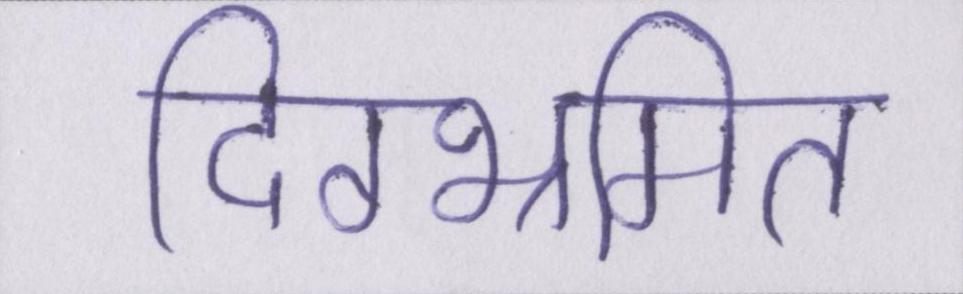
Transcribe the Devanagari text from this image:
दिग्भ्रमित